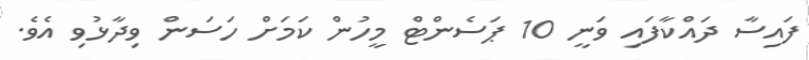
ފައިސާ ދައްކާފައި ވަނީ 10 ޕަސެންޓް މީހުން ކަމަށް ހަސަން ވިދާޅުވި އެވެ.